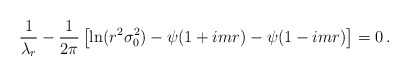
\begin{align*}\frac{1}{\lambda_{r}} -\frac{1}{2\pi}\left[\ln (r^{2}\sigma_{0}^{2}) -\psi (1+i m r)-\psi(1-i m r)\right] = 0\, .\end{align*}